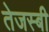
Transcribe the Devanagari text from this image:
तेजस्बी